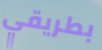
بطريقي